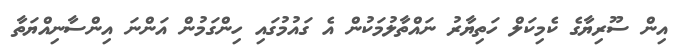
އިން ސޫރިޔާގެ ކެމިކަލް ހަތިޔާރު ނައްތާލުމަކުން އެ ގައުމުގައި ހިންގަމުން އަންނަ އިންސާނިއްޔަތާ